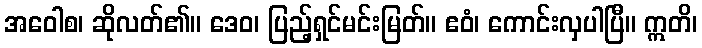
အဝေါစ၊ ဆိုလတ်၏။ ဒေဝ၊ ပြည့်ရှင်မင်းမြတ်။ ဧဝံ၊ ကောင်းလှပါပြီ။ ဣတိ၊